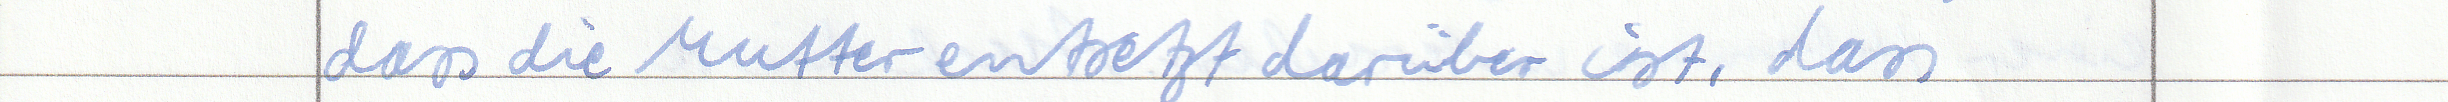
dass die Mutter entsetzt darüber ist, dass